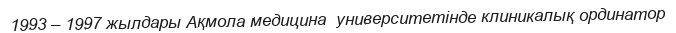
1993 – 1997 жылдары Ақмола медицина  университетінде клиникалық ординатор